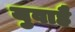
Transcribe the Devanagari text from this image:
युवाहै